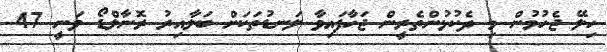
ހިލޭ ޖެހުމުން މި ދެކުޅުންތެރީން ޖަހާފައިވާ ލަނޑުތަކަށް ބަލާއިރު ރޮނާލްޑޯ ވަނީ 47